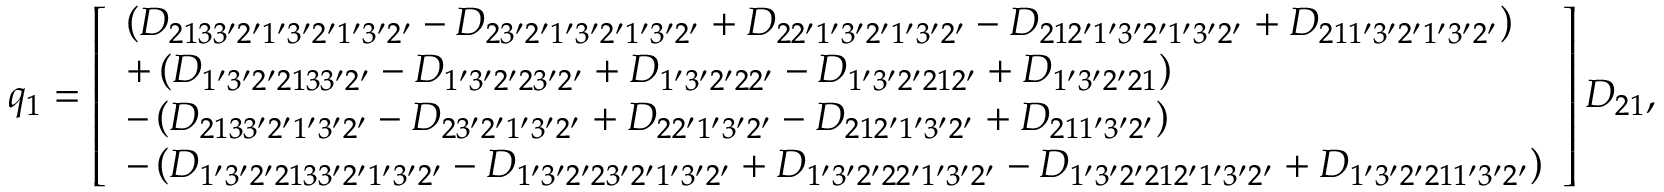
\begin{array} { r } { { q _ { 1 } } = \left[ \begin{array} { l } { \left( { { D _ { 2 1 3 3 ^ { \prime } 2 ^ { \prime } 1 ^ { \prime } 3 ^ { \prime } 2 ^ { \prime } 1 ^ { \prime } 3 ^ { \prime } 2 ^ { \prime } } } - { D _ { 2 3 ^ { \prime } 2 ^ { \prime } 1 ^ { \prime } 3 ^ { \prime } 2 ^ { \prime } 1 ^ { \prime } 3 ^ { \prime } 2 ^ { \prime } } } + { D _ { 2 2 ^ { \prime } 1 ^ { \prime } 3 ^ { \prime } 2 ^ { \prime } 1 ^ { \prime } 3 ^ { \prime } 2 ^ { \prime } } } - { D _ { 2 1 2 ^ { \prime } 1 ^ { \prime } 3 ^ { \prime } 2 ^ { \prime } 1 ^ { \prime } 3 ^ { \prime } 2 ^ { \prime } } } + { D _ { 2 1 1 ^ { \prime } 3 ^ { \prime } 2 ^ { \prime } 1 ^ { \prime } 3 ^ { \prime } 2 ^ { \prime } } } } \right) } \\ { + \left( { { D _ { 1 ^ { \prime } 3 ^ { \prime } 2 ^ { \prime } 2 1 3 3 ^ { \prime } 2 ^ { \prime } } } - { D _ { 1 ^ { \prime } 3 ^ { \prime } 2 ^ { \prime } 2 3 ^ { \prime } 2 ^ { \prime } } } + { D _ { 1 ^ { \prime } 3 ^ { \prime } 2 ^ { \prime } 2 2 ^ { \prime } } } - { D _ { 1 ^ { \prime } 3 ^ { \prime } 2 ^ { \prime } 2 1 2 ^ { \prime } } } + { D _ { 1 ^ { \prime } 3 ^ { \prime } 2 ^ { \prime } 2 1 } } } \right) } \\ { - \left( { { D _ { 2 1 3 3 ^ { \prime } 2 ^ { \prime } 1 ^ { \prime } 3 ^ { \prime } 2 ^ { \prime } } } - { D _ { 2 3 ^ { \prime } 2 ^ { \prime } 1 ^ { \prime } 3 ^ { \prime } 2 ^ { \prime } } } + { D _ { 2 2 ^ { \prime } 1 ^ { \prime } 3 ^ { \prime } 2 ^ { \prime } } } - { D _ { 2 1 2 ^ { \prime } 1 ^ { \prime } 3 ^ { \prime } 2 ^ { \prime } } } + { D _ { 2 1 1 ^ { \prime } 3 ^ { \prime } 2 ^ { \prime } } } } \right) } \\ { - \left( { { D _ { 1 ^ { \prime } 3 ^ { \prime } 2 ^ { \prime } 2 1 3 3 ^ { \prime } 2 ^ { \prime } 1 ^ { \prime } 3 ^ { \prime } 2 ^ { \prime } } } - { D _ { 1 ^ { \prime } 3 ^ { \prime } 2 ^ { \prime } 2 3 ^ { \prime } 2 ^ { \prime } 1 ^ { \prime } 3 ^ { \prime } 2 ^ { \prime } } } + { D _ { 1 ^ { \prime } 3 ^ { \prime } 2 ^ { \prime } 2 2 ^ { \prime } 1 ^ { \prime } 3 ^ { \prime } 2 ^ { \prime } } } - { D _ { 1 ^ { \prime } 3 ^ { \prime } 2 ^ { \prime } 2 1 2 ^ { \prime } 1 ^ { \prime } 3 ^ { \prime } 2 ^ { \prime } } } + { D _ { 1 ^ { \prime } 3 ^ { \prime } 2 ^ { \prime } 2 1 1 ^ { \prime } 3 ^ { \prime } 2 ^ { \prime } } } } \right) } \end{array} \right] { D _ { 2 1 } } , } \end{array}